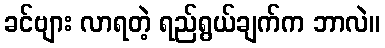
ခင်ဗျား လာရတဲ့ ရည်ရွယ်ချက်က ဘာလဲ။